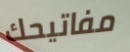
مفاتيحك